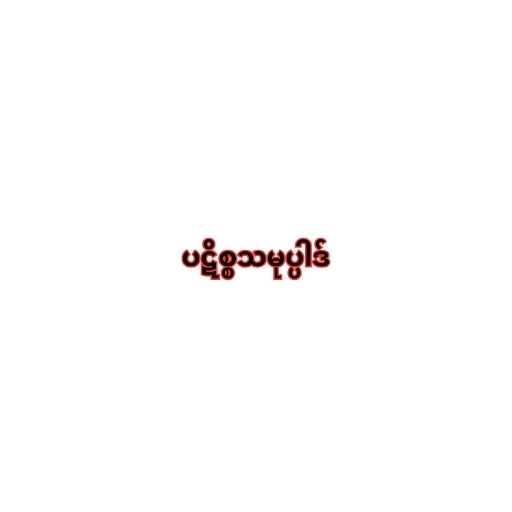
ပဋိစ္စသမုပ္ပါဒ်